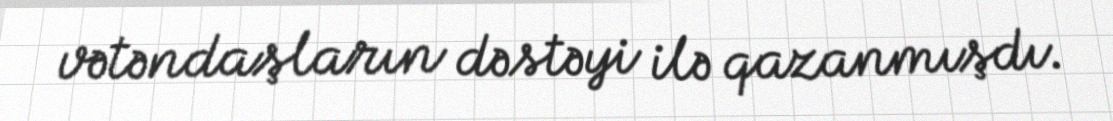
vətəndaşların dəstəyi ilə qazanmışdı.